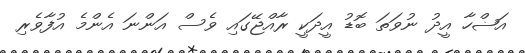
އަޟްހާ އީދު ނުވަތަ ބޮޑު އީދަކީ ރާއްޖޭގައި ވެސް އަންނަ އެންމެ އުފާވެރި